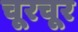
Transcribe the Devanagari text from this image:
चूरचूर